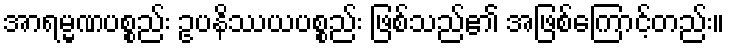
အာရမ္မဏပစ္စည်း ဥပနိဿယပစ္စည်း ဖြစ်သည်၏ အဖြစ်ကြောင့်တည်း။